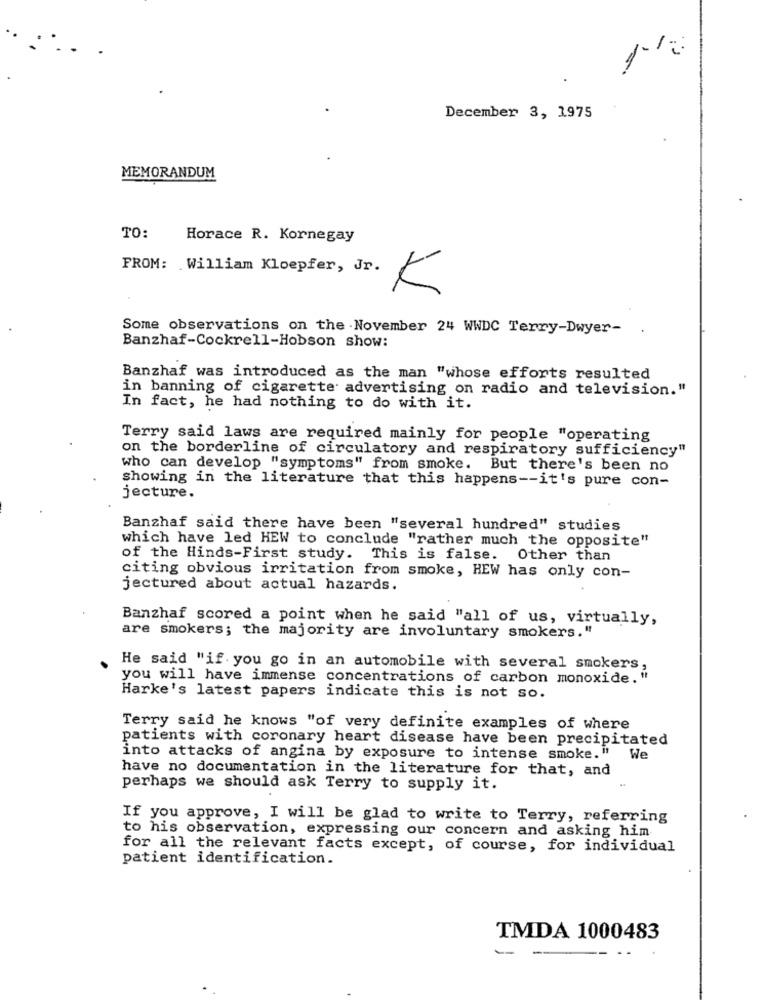
1.1:
.
December 3, 1975
MEMORANDUM
TO:
Horace R. Kornegay
FROM: William Kloepfer, Jr.
K
Some observations on the .November 24 WWDC Terry-Dwyer-
Banzhaf-Cockrell-Hobson show:
Banzhaf was introduced as the man "whose efforts resulted
in banning of cigarette advertising on radio and television."
In fact, he had nothing to do with it.
Terry said laws are required mainly for people "operating
on the borderline of circulatory and respiratory sufficiency"
who can develop "symptoms" from smoke. But there's been no
showing in the literature that this happens -- it's pure con-
jecture.
Banzhaf said there have been "several hundred" studies
which have led HEW to conclude "rather much the opposite"
of the Hinds-First study. This is false. Other than
citing obvious irritation from smoke, HEW has only con-
jectured about actual hazards.
Banzhaf scored a point when he said "all of us, virtually,
are smokers; the majority are involuntary smokers."
He said "if. you go in an automobile with several smokers,
you will have immense concentrations of carbon monoxide."
Harke's latest papers indicate this is not so.
Terry said he knows "of very definite examples of where
patients with coronary heart disease have been precipitated
into attacks of angina by exposure to intense smoke."
We
have no documentation in the literature for that, and
perhaps we should ask Terry to supply it.
If you approve, I will be glad to write to Terry, referring
to his observation, expressing our concern and asking him
for all the relevant facts except, of course, for individual
patient identification.
TMDA 1000483